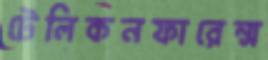
টেলিকনফারেন্স